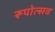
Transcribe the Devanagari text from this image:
रूपोत्सव